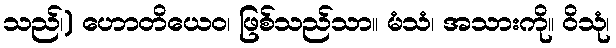
သည်၊) ဟောတိယေဝ၊ ဖြစ်သည်သာ။ မံသံ၊ အသားကို။ ဝိသုံ၊